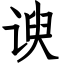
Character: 谀